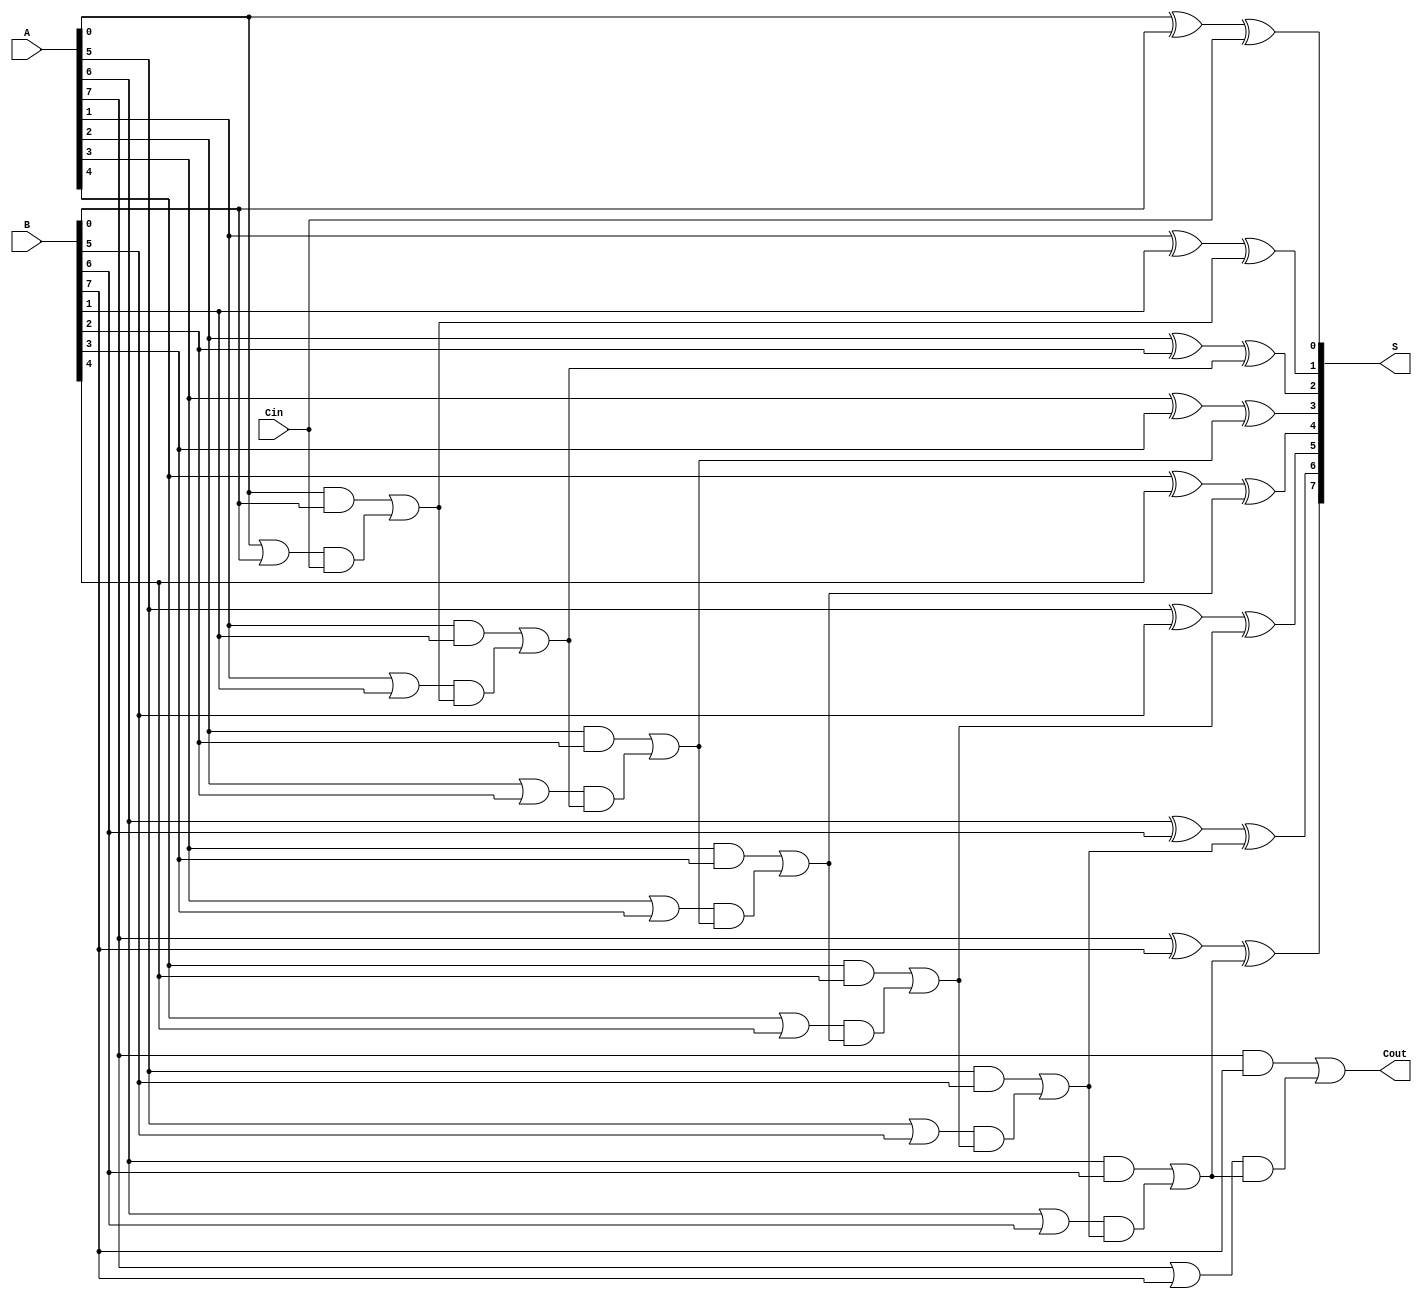
module ManchesterCarryChainAdder #(parameter n = 8) (
    input  [n-1:0] A,      // First n-bit input
    input  [n-1:0] B,      // Second n-bit input
    input          Cin,     // Carry-in input
    output [n-1:0] S,      // n-bit sum output
    output         Cout     // Carry-out output
);

    // Generate and propagate signals
    wire [n-1:0] G; // Carry Generate
    wire [n-1:0] P; // Carry Propagate
    wire [n:0] C;   // Carry signals, C[0] = Cin

    // Calculate Generate and Propagate signals
    genvar i;
    generate
        for (i = 0; i < n; i = i + 1) begin : carry_gen_prop
            assign G[i] = A[i] & B[i]; // Generate
            assign P[i] = A[i] | B[i]; // Propagate
        end
    endgenerate

    // Calculate Carry signals
    assign C[0] = Cin; // First carry is the carry-in
    generate
        for (i = 0; i < n; i = i + 1) begin : carry_chain
            if (i == 0) begin
                assign C[i + 1] = G[i] | (P[i] & C[i]); // C1
            end else begin
                assign C[i + 1] = G[i] | (P[i] & C[i]); // C2, C3, ..., Cn
            end
        end
    endgenerate

    // Calculate Sum outputs
    generate
        for (i = 0; i < n; i = i + 1) begin : sum_calc
            assign S[i] = A[i] ^ B[i] ^ C[i]; // Sum
        end
    endgenerate

    // Carry-out is the last carry
    assign Cout = C[n];

endmodule